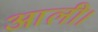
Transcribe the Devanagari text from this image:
आली।